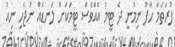
ފުރަތަމަ ހާފު ނިމުނީ ދެ ޓީމު އެއްވެސް ޓީމަކަށް ލަނޑެއް ނުޖެހި ނިއު